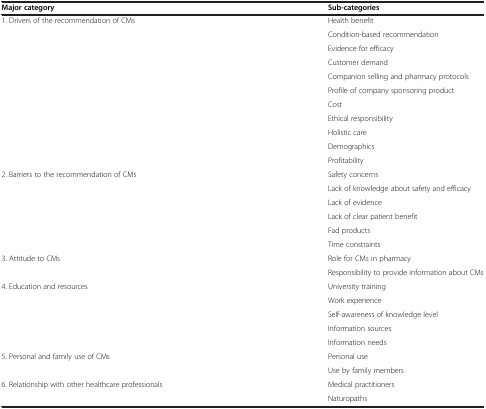
<table><thead><tr><td><b>Major category</b></td><td><b>Sub-categories</b></td></tr></thead><tbody><tr><td>1. Drivers of the recommendation of CMs</td><td>Health benefit</td></tr><tr><td> </td><td>Condition-based recommendation</td></tr><tr><td> </td><td>Evidence for efficacy</td></tr><tr><td> </td><td>Customer demand</td></tr><tr><td> </td><td>Companion selling and pharmacy protocols</td></tr><tr><td> </td><td>Profile of company sponsoring product</td></tr><tr><td> </td><td>Cost</td></tr><tr><td> </td><td>Ethical responsibility</td></tr><tr><td> </td><td>Holistic care</td></tr><tr><td> </td><td>Demographics</td></tr><tr><td> </td><td>Profitability</td></tr><tr><td>2. Barriers to the recommendation of CMs</td><td>Safety concerns</td></tr><tr><td> </td><td>Lack of knowledge about safety and efficacy</td></tr><tr><td> </td><td>Lack of evidence</td></tr><tr><td> </td><td>Lack of clear patient benefit</td></tr><tr><td> </td><td>Fad products</td></tr><tr><td> </td><td>Time constraints</td></tr><tr><td>3. Attitude to CMs</td><td>Role for CMs in pharmacy</td></tr><tr><td> </td><td>Responsibility to provide information about CMs</td></tr><tr><td>4. Education and resources</td><td>University training</td></tr><tr><td> </td><td>Work experience</td></tr><tr><td> </td><td>Self-awareness of knowledge level</td></tr><tr><td> </td><td>Information sources</td></tr><tr><td> </td><td>Information needs</td></tr><tr><td>5. Personal and family use of CMs</td><td>Personal use</td></tr><tr><td> </td><td>Use by family members</td></tr><tr><td>6. Relationship with other healthcare professionals</td><td>Medical practitioners</td></tr><tr><td> </td><td>Naturopaths</td></tr></tbody></table>